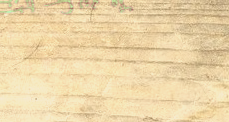
توصيل طلباتكم أسرع مع تطب